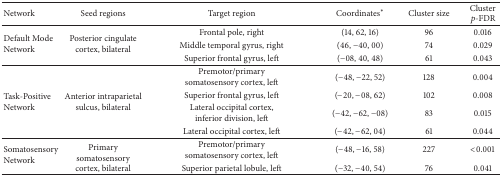
<table><thead><tr><td><b>Network</b></td><td><b>Seed regions</b></td><td><b>Target region</b></td><td><b>Coordinates<sup><i>∗</i></sup></b></td><td><b>Cluster size</b></td><td><b>Cluster <i>p</i>-FDR</b></td></tr></thead><tbody><tr><td rowspan="3">Default Mode Network</td><td rowspan="3">Posterior cingulate cortex, bilateral</td><td>Frontal pole, right</td><td>(14, 62, 16)</td><td>96</td><td>0.016</td></tr><tr><td>Middle temporal gyrus, right</td><td>(46, −40, 00)</td><td>74</td><td>0.029</td></tr><tr><td>Superior frontal gyrus, left</td><td>(−08, 40, 48)</td><td>61</td><td>0.043</td></tr><tr><td rowspan="4">Task-Positive Network</td><td rowspan="4">Anterior intraparietal sulcus, bilateral</td><td>Premotor/primarysomatosensory cortex, left</td><td>(−48, −22, 52)</td><td>128</td><td>0.004</td></tr><tr><td>Superior frontal gyrus, left</td><td>(−20, −08, 62)</td><td>102</td><td>0.008</td></tr><tr><td>Lateral occipital cortex, inferior division, left</td><td>(−42, −62, −08)</td><td>83</td><td>0.015</td></tr><tr><td>Lateral occipital cortex, left</td><td>(−42, −62, 04)</td><td>61</td><td>0.044</td></tr><tr><td rowspan="2">Somatosensory Network</td><td rowspan="2">Primary somatosensory cortex, bilateral</td><td>Premotor/primarysomatosensory cortex, left</td><td>(−48, −16, 58)</td><td>227</td><td>&lt;0.001</td></tr><tr><td>Superior parietal lobule, left</td><td>(−32, −40, 54)</td><td>76</td><td>0.041</td></tr></tbody></table>